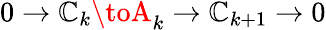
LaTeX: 0\to\mathbb{C}_{k}\toA_{k}\to\mathbb{C}_{k+1}\to0